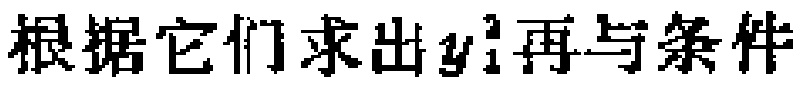
根据它们求出\(y_{1}^{2}\)再与条件